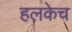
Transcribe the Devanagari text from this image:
हलकेच